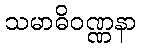
သမာဓိဝဏ္ဏနာ